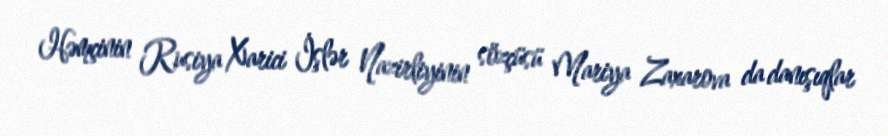
Həmçinin Rusiya Xarici İşlər Nazirliyinin sözçüsü Mariya Zaxarova da danışıqlar